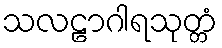
သလဠာဂါရသုတ္တံ